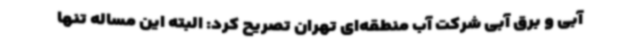
آبی و برق آبی شرکت آب منطقه‌ای تهران تصریح کرد: البته این مساله تنها